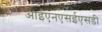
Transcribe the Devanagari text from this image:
आईएनएसईएसडी